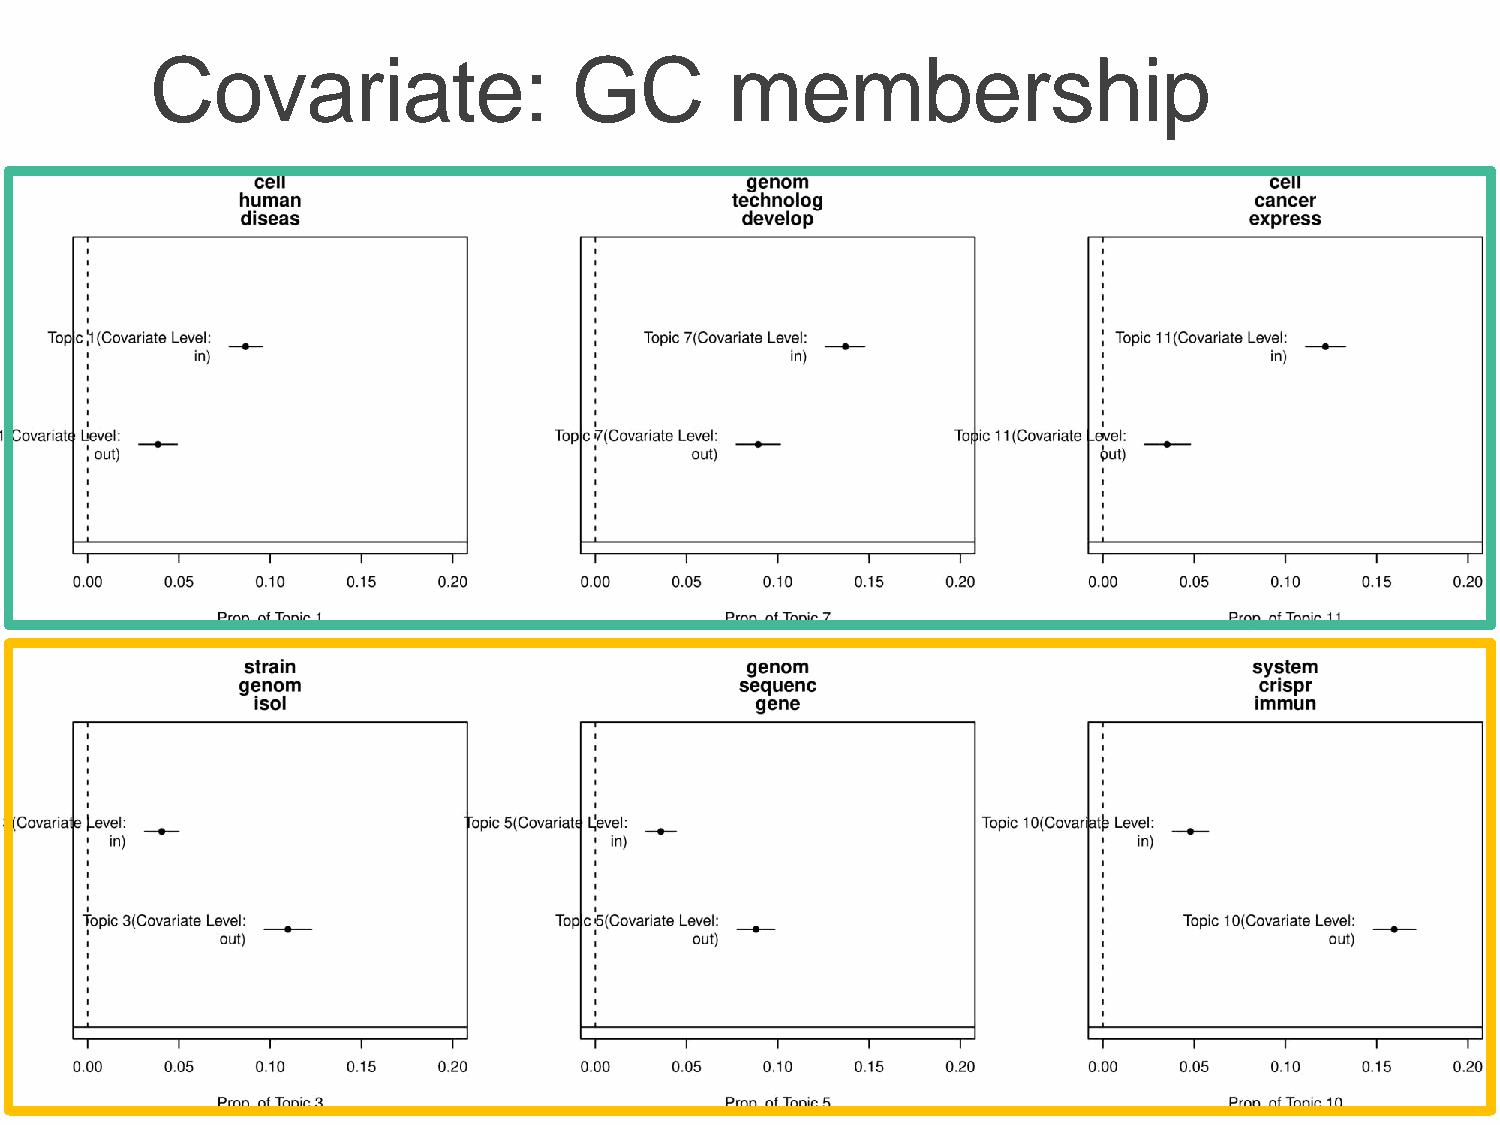
Covariate:                  GC        membership
 38